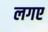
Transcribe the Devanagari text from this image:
लगए